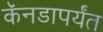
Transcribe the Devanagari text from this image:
कॅनडापर्यंत